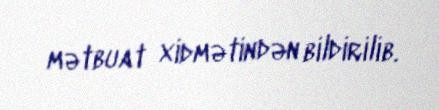
mətbuat xidmətindən bildirilib.